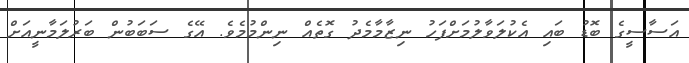
އަސާސީގެ ބޮޑު ބައި އެކުލަވާލުމަށްފަހު ނިޒާމާމެދު ގޮތެއް ނިންމުމެވެ. އޭގެ ސަބަބުން ބަރުލަމާނީއަށް